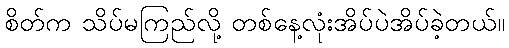
စိတ်က သိပ်မကြည်လို့ တစ်နေ့လုံးအိပ်ပဲအိပ်ခဲ့တယ်။